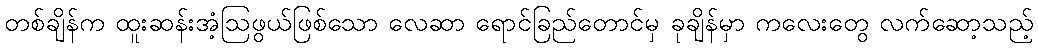
တစ်ချိန်က ထူးဆန်းအံ့ဩဖွယ်ဖြစ်သော လေဆာ ရောင်ခြည်တောင်မှ ခုချိန်မှာ ကလေးတွေ လက်ဆော့သည့်